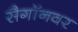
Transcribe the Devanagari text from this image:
सैगॉनवर